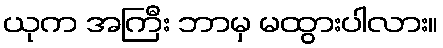
ယုက အကြီး ဘာမှ မထွားပါလား။